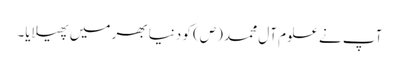
آپ نے علوم آل محمد (ص) کو دنیا بھر میں پھیلایا۔